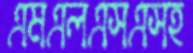
এমএলএসএসহ